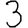
Digit: 3